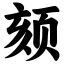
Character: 颏